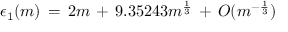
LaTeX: \epsilon _ { 1 } ( m ) \, = \, 2 m \, + \, 9 . 3 5 2 4 3 m \sp { \frac { 1 } { 3 } } \, + \, O ( m \sp { - { \frac { 1 } { 3 } } } )